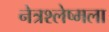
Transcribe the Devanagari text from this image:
नेत्रश्‍लेष्मला